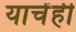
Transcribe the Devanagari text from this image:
याचेंही